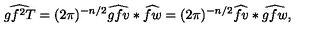
\widehat { g f ^ { 2 } T } = ( 2 \pi ) ^ { - n / 2 } \widehat { g f v } * \widehat { f w } = ( 2 \pi ) ^ { - n / 2 } \widehat { f v } * \widehat { g f w } ,